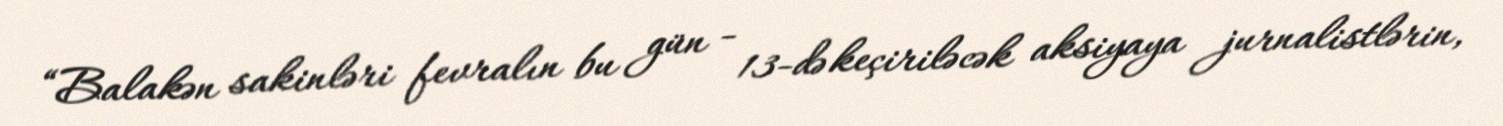
“Balakən sakinləri fevralın bu gün - 13-də keçiriləcək aksiyaya jurnalistlərin,